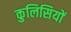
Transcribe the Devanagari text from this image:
कुलिसियों